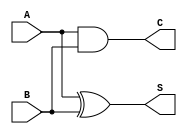
`timescale 1ns / 1ps
//////////////////////////////////////////////////////////////////////////////////
// Company: 
// Engineer: 
// 
// Design Name: 
// Module Name: ha
// Project Name: 
// Target Devices: 
// Tool Versions: 
// Description: 
// 
// Dependencies: 
// 
// Revision:
// Revision 0.01 - File Created
// Additional Comments:
// 
//////////////////////////////////////////////////////////////////////////////////


module ha ( A,B,S,C );
output S ;
output C ;
input A ;
input B ;
assign #1 S = A ^ B;
assign #1 C = A & B;

endmodule